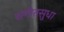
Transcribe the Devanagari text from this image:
संगीतसुधा